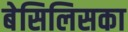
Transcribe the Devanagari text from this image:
बेसिलिसका